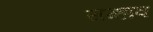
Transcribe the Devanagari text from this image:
सम्हाव